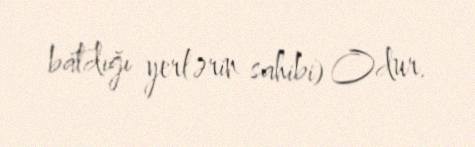
batdığı yerlərin sahibi) Odur.